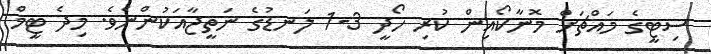
ސިޓީގެ މައްޗަށް މޮނާކޯއިން ކުރި ހޯދީ 3-1 ލަނޑުގެ ނަތީޖާއަކުންނެވެ. މިދެ ޓީމް